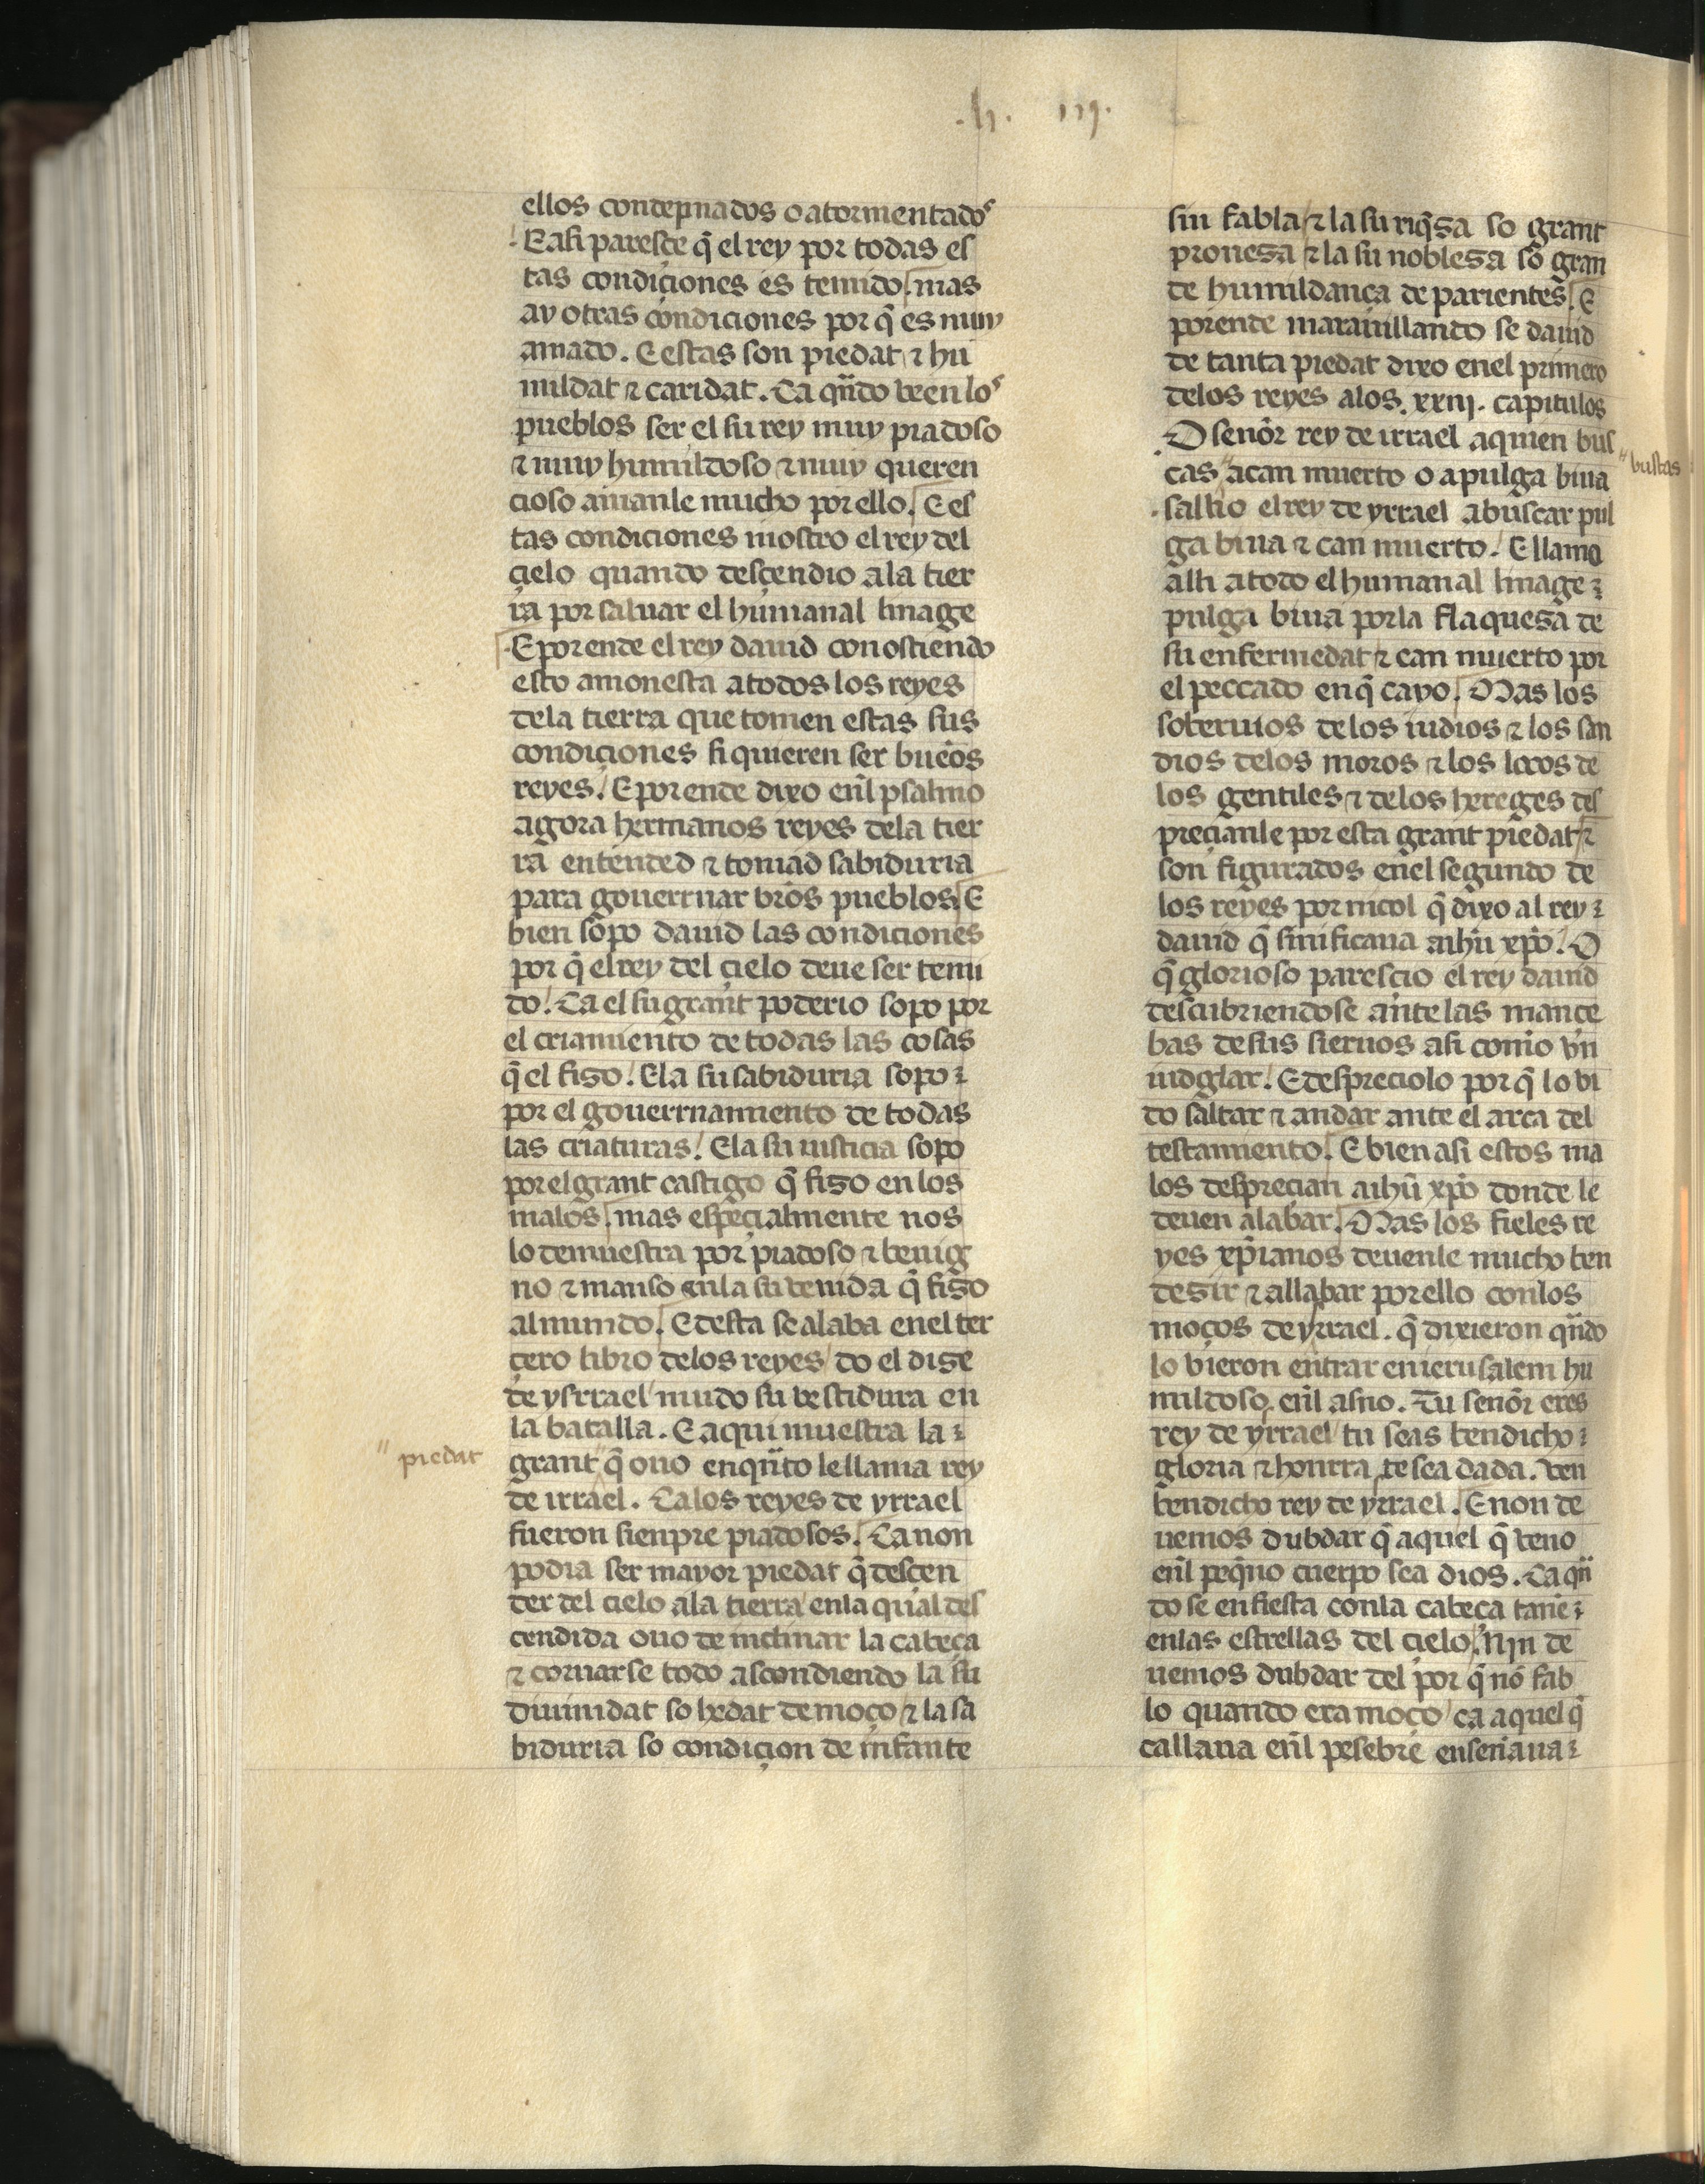
Shelfmark: Madrid, Fundación Lázaro Galdiano, mss 289
Century: 15